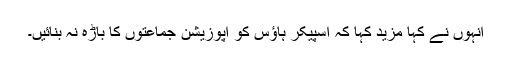
انہوں نے کہا مزید کہا کہ اسپیکر ہاؤس کو اپوزیشن جماعتوں کا باڑہ نہ بنائیں۔